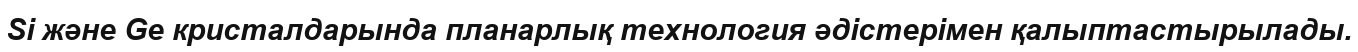
Si және Ge кристалдарында планарлық технология әдістерімен қалыптастырылады.